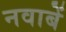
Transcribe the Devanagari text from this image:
नवाबें